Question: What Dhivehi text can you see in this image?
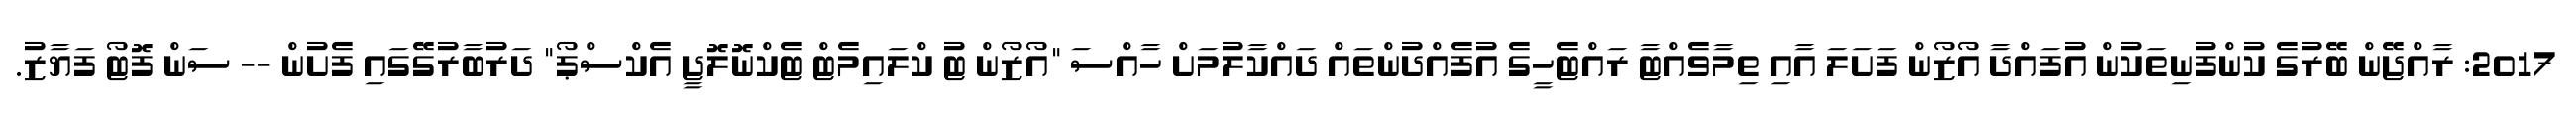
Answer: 2017: ރާއްޖޭން ބޭރުގެ ކުންފުނިތަކުން އުފައްދާ އޯޒޯން ފަށަލަ އާއި ތިމާވެއްޓާ ރައްޓެހީގެ އުފެއްދުންތައް ދައްކާލުމަށް ހާއްސަ "އޯޒޯން ޓު ކްލައިމެޓް ޓެކްނޮލޮޖީ އެކްސްޕޯ" ދަރުބާރުގޭގައި ފެށުން -- ސަން ފޮޓޯ ފަޔާޒު.